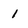
Character: l